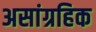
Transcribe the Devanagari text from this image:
असांग्रहिक